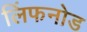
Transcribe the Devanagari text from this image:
लिंफनोड